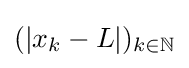
(|x_{k}-L|)_{k\in \mathbb {N} }